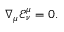
{ \nabla _ { \mu } } { { \mathcal { E } } _ { \nu } ^ { \mu } } = 0 .